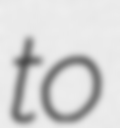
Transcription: to